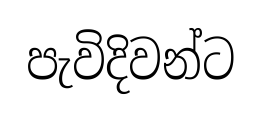
පැවිදිවන්ට